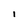
Character: i